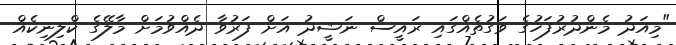
"މިއަދު މެންދުރުފަހުގެ ވަގުތެއްގައި ރައީސް ނަޝީދު އަށް ފަރުވާ ދެއްވުމަށް މާލޭގެ ކްލިނިކެއް